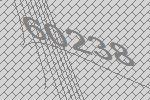
60238